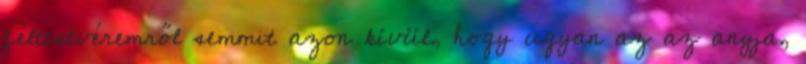
féltestvéremről semmit azon kívül, hogy ugyan az az anyja,